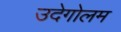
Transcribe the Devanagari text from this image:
उदेगोलम